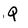
Character: Q